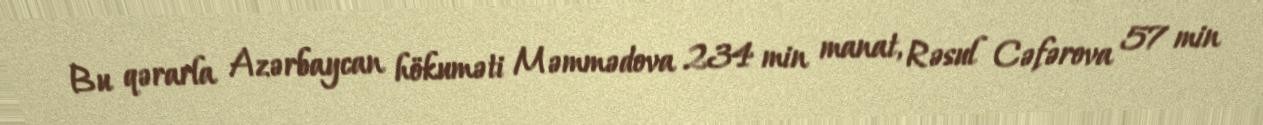
Bu qərarla Azərbaycan hökuməti Məmmədova 234 min manat, Rəsul Cəfərova 57 min